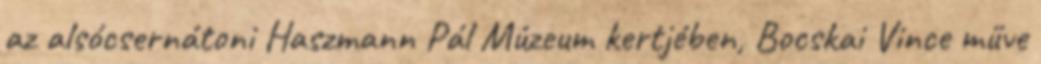
az alsócsernátoni Haszmann Pál Múzeum kertjében, Bocskai Vince műve